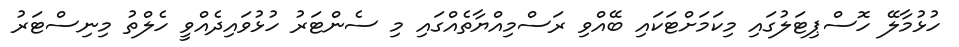
ހުޅުމާލޭ ހޮސްޕިޓަލުގައި މިކަމަށްޓަކައި ބޭއްވި ރަސްމިއްޔާތެއްގައި މި ސެންޓަރު ހުޅުވައިދެއްވީ ހެލްތު މިނިސްޓަރު